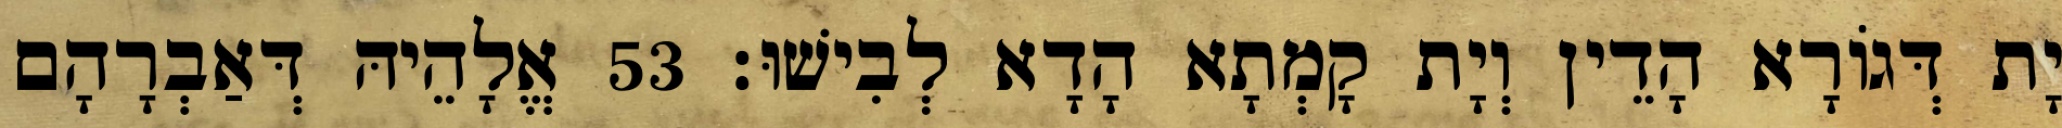
יָת דְּגוֹרָא הָדֵין וְיָת קָמְתָא הָדָא לְבִישׁוּ׃ 53 אֱלָהֵיהּ דְּאַבְרָהָם